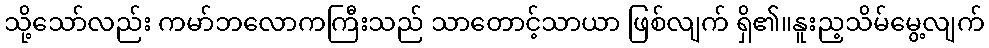
သို့သော်လည်း ကမာ်ဘလောကကြီးသည် သာတောင့်သာယာ ဖြစ်လျက် ရှိ၏။နူးည့သိမ်မွေ့လျက်